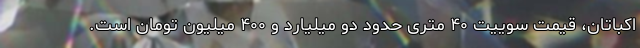
اکباتان، قیمت سوییت ۴۰ متری حدود دو میلیارد و ۴۰۰ میلیون تومان است.